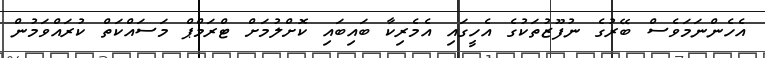
އެހެންނަމަވެސް ބޭރުގެ ނުފޫޒުތަކުގެ އެހީގައި އެމެރިކާ ބައިބައި ކޮށްލުމަށް ޓްރަމްޕް މަސައްކަތް ކުރައްވަމުން